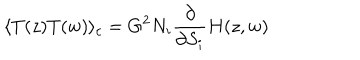
LaTeX: \langle T ( z ) T ( w ) \rangle _ { c } = G ^ { 2 } N _ { i } \frac { \partial } { \partial S _ { i } } H ( z , w )